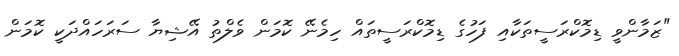
"ޒަމާންވީ ޑިމޮކްރަސީތަކާއި ފަހުގެ ޑިމޮކްރަސީތައް ހިމެނޭ ކޮމަން ވެލްތު އޭޝިޔާ ސަރަހައްދަކީ ކޮމަން